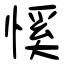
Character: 慀